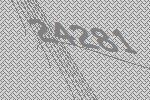
24281